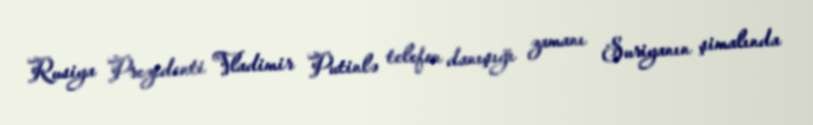
Rusiya Prezidenti Vladimir Putinlə telefon danışığı zamanı Suriyanın şimalında